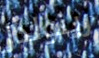
رينولدز